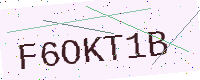
Text: F6OKT1B